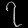
Digit: ၇